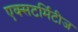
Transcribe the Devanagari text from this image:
एक्सटर्मिटीज